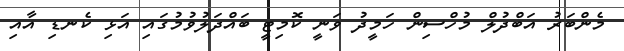
މެންބަރު އަބްދުލް މުހްސިން ހަމީދު ވަނީ ކޮމިޓީ ބައްދަލުވުމުގައި އަޅި ކެނޑި އާއި